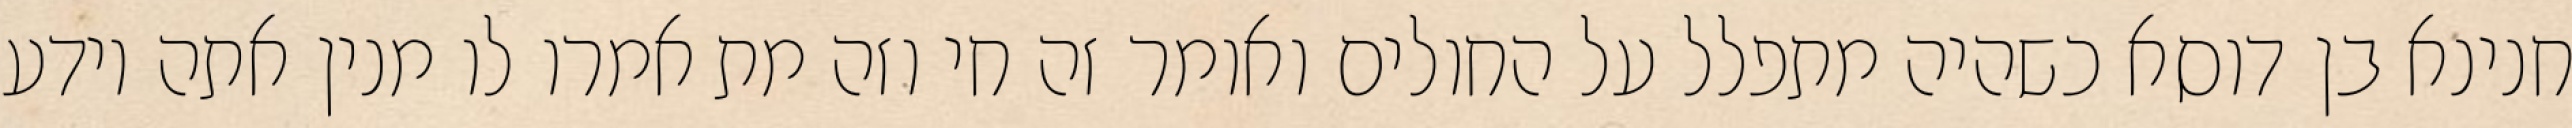
חנינא בן דוסא כשהיה מתפלל על החולים ואומר זה חי וזה מת אמרו לו מנין אתה יודע